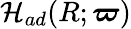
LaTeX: \mathcal{H}_{ad}(R;\boldsymbol{\varpi})